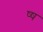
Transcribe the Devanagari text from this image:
ष्ष